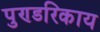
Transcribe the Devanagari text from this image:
पुण्डरिकाय